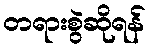
တရားစွဲဆိုရန်